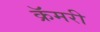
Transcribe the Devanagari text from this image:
क्रॅमरी